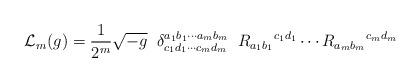
LaTeX: \begin{align*}{\cal L}_m(g)=\frac{1}{2^m} \sqrt{-g}\;\;\delta_{c_1d_1\cdots c_md_m}^{a_1b_1\cdots a_mb_m}\;\;R_{a_1b_1}{}^{c_1d_1}\cdots R_{a_mb_m}{}^{c_md_m}\end{align*}